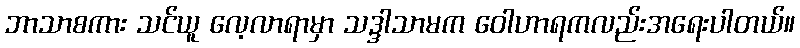
ဘာသာစကား သင်ယူ လေ့လာရာမှာ သဒ္ဒါသာမက ဝေါဟာရကလည်းအရေးပါတယ်။